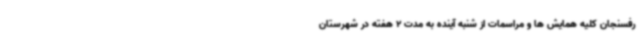
رفسنجان کلیه همایش ها و مراسمات از شنبه آینده به مدت 2 هفته در شهرستان